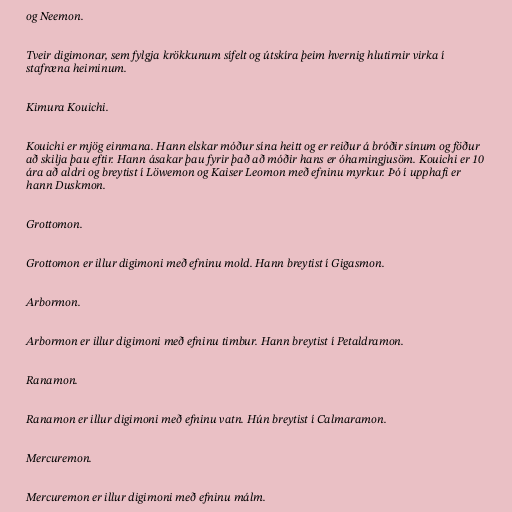
og Neemon.

Tveir digimonar, sem fylgja krökkunum sífelt og útskíra þeim hvernig hlutirnir virka í
stafræna heiminum.

Kimura Kouichi.

Kouichi er mjög einmana. Hann elskar móður sína heitt og er reiður á bróðir sínum og föður
að skilja þau eftir. Hann ásakar þau fyrir það að móðir hans er óhamingjusöm. Kouichi er 10
ára að aldri og breytist í Löwemon og Kaiser Leomon með efninu myrkur. Þó í upphafi er
hann Duskmon.

Grottomon.

Grottomon er illur digimoni með efninu mold. Hann breytist í Gigasmon.

Arbormon.

Arbormon er illur digimoni með efninu timbur. Hann breytist í Petaldramon.

Ranamon.

Ranamon er illur digimoni með efninu vatn. Hún breytist í Calmaramon.

Mercuremon.

Mercuremon er illur digimoni með efninu málm.